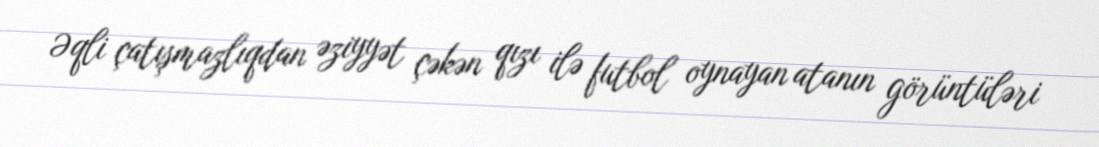
Əqli çatışmazlıqdan əziyyət çəkən qızı ilə futbol oynayan atanın görüntüləri